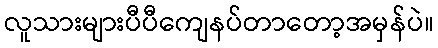
လူသားများပီပီကျေနပ်တာတော့အမှန်ပဲ။